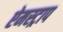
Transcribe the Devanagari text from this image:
ऐमस्ट्राप